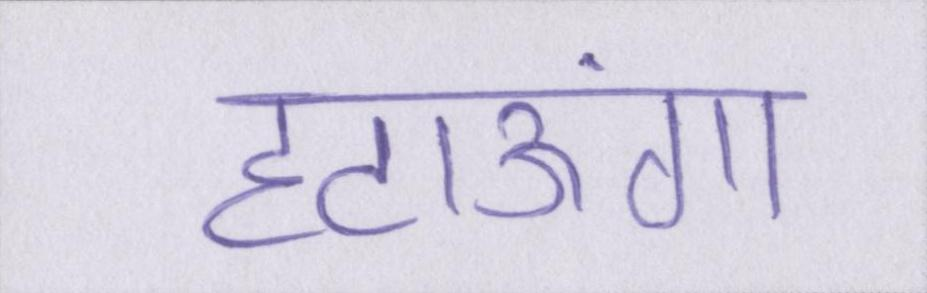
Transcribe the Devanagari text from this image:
हटाऊंगा